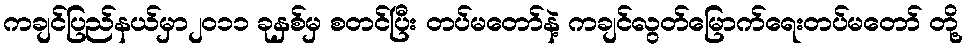
ကချင်ပြည်နယ်မှာ၂၀၁၁ ခုနှစ်မှ စတင်ပြီး တပ်မတော်နဲ့ ကချင်လွတ်မြောက်ရေးတပ်မတော် တို့